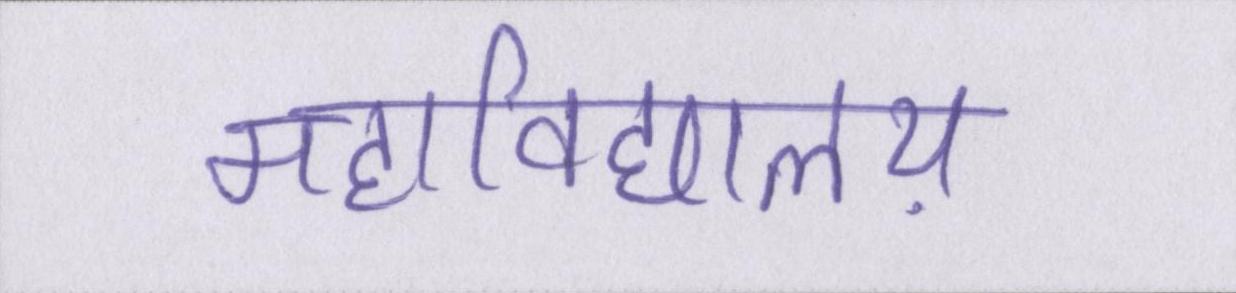
महाविद्यालय़